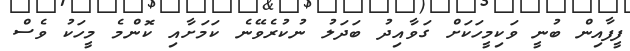
ފީފާއިން ބުނީ ވަކިމީހަކަށް ގަވާއިދު ބަދަލު ނުކުރެވޭނެ ކަމަށާއި ކޮންމެ މީހަކު ވެސް